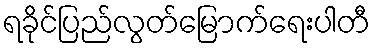
ရခိုင်ပြည်လွတ်မြောက်ရေးပါတီ